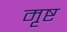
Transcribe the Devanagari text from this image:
मृष्ट